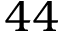
4 4